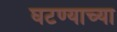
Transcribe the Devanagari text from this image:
घटण्याच्या